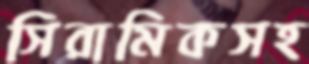
সিরামিকসহ